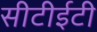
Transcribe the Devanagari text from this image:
सीटीईटी